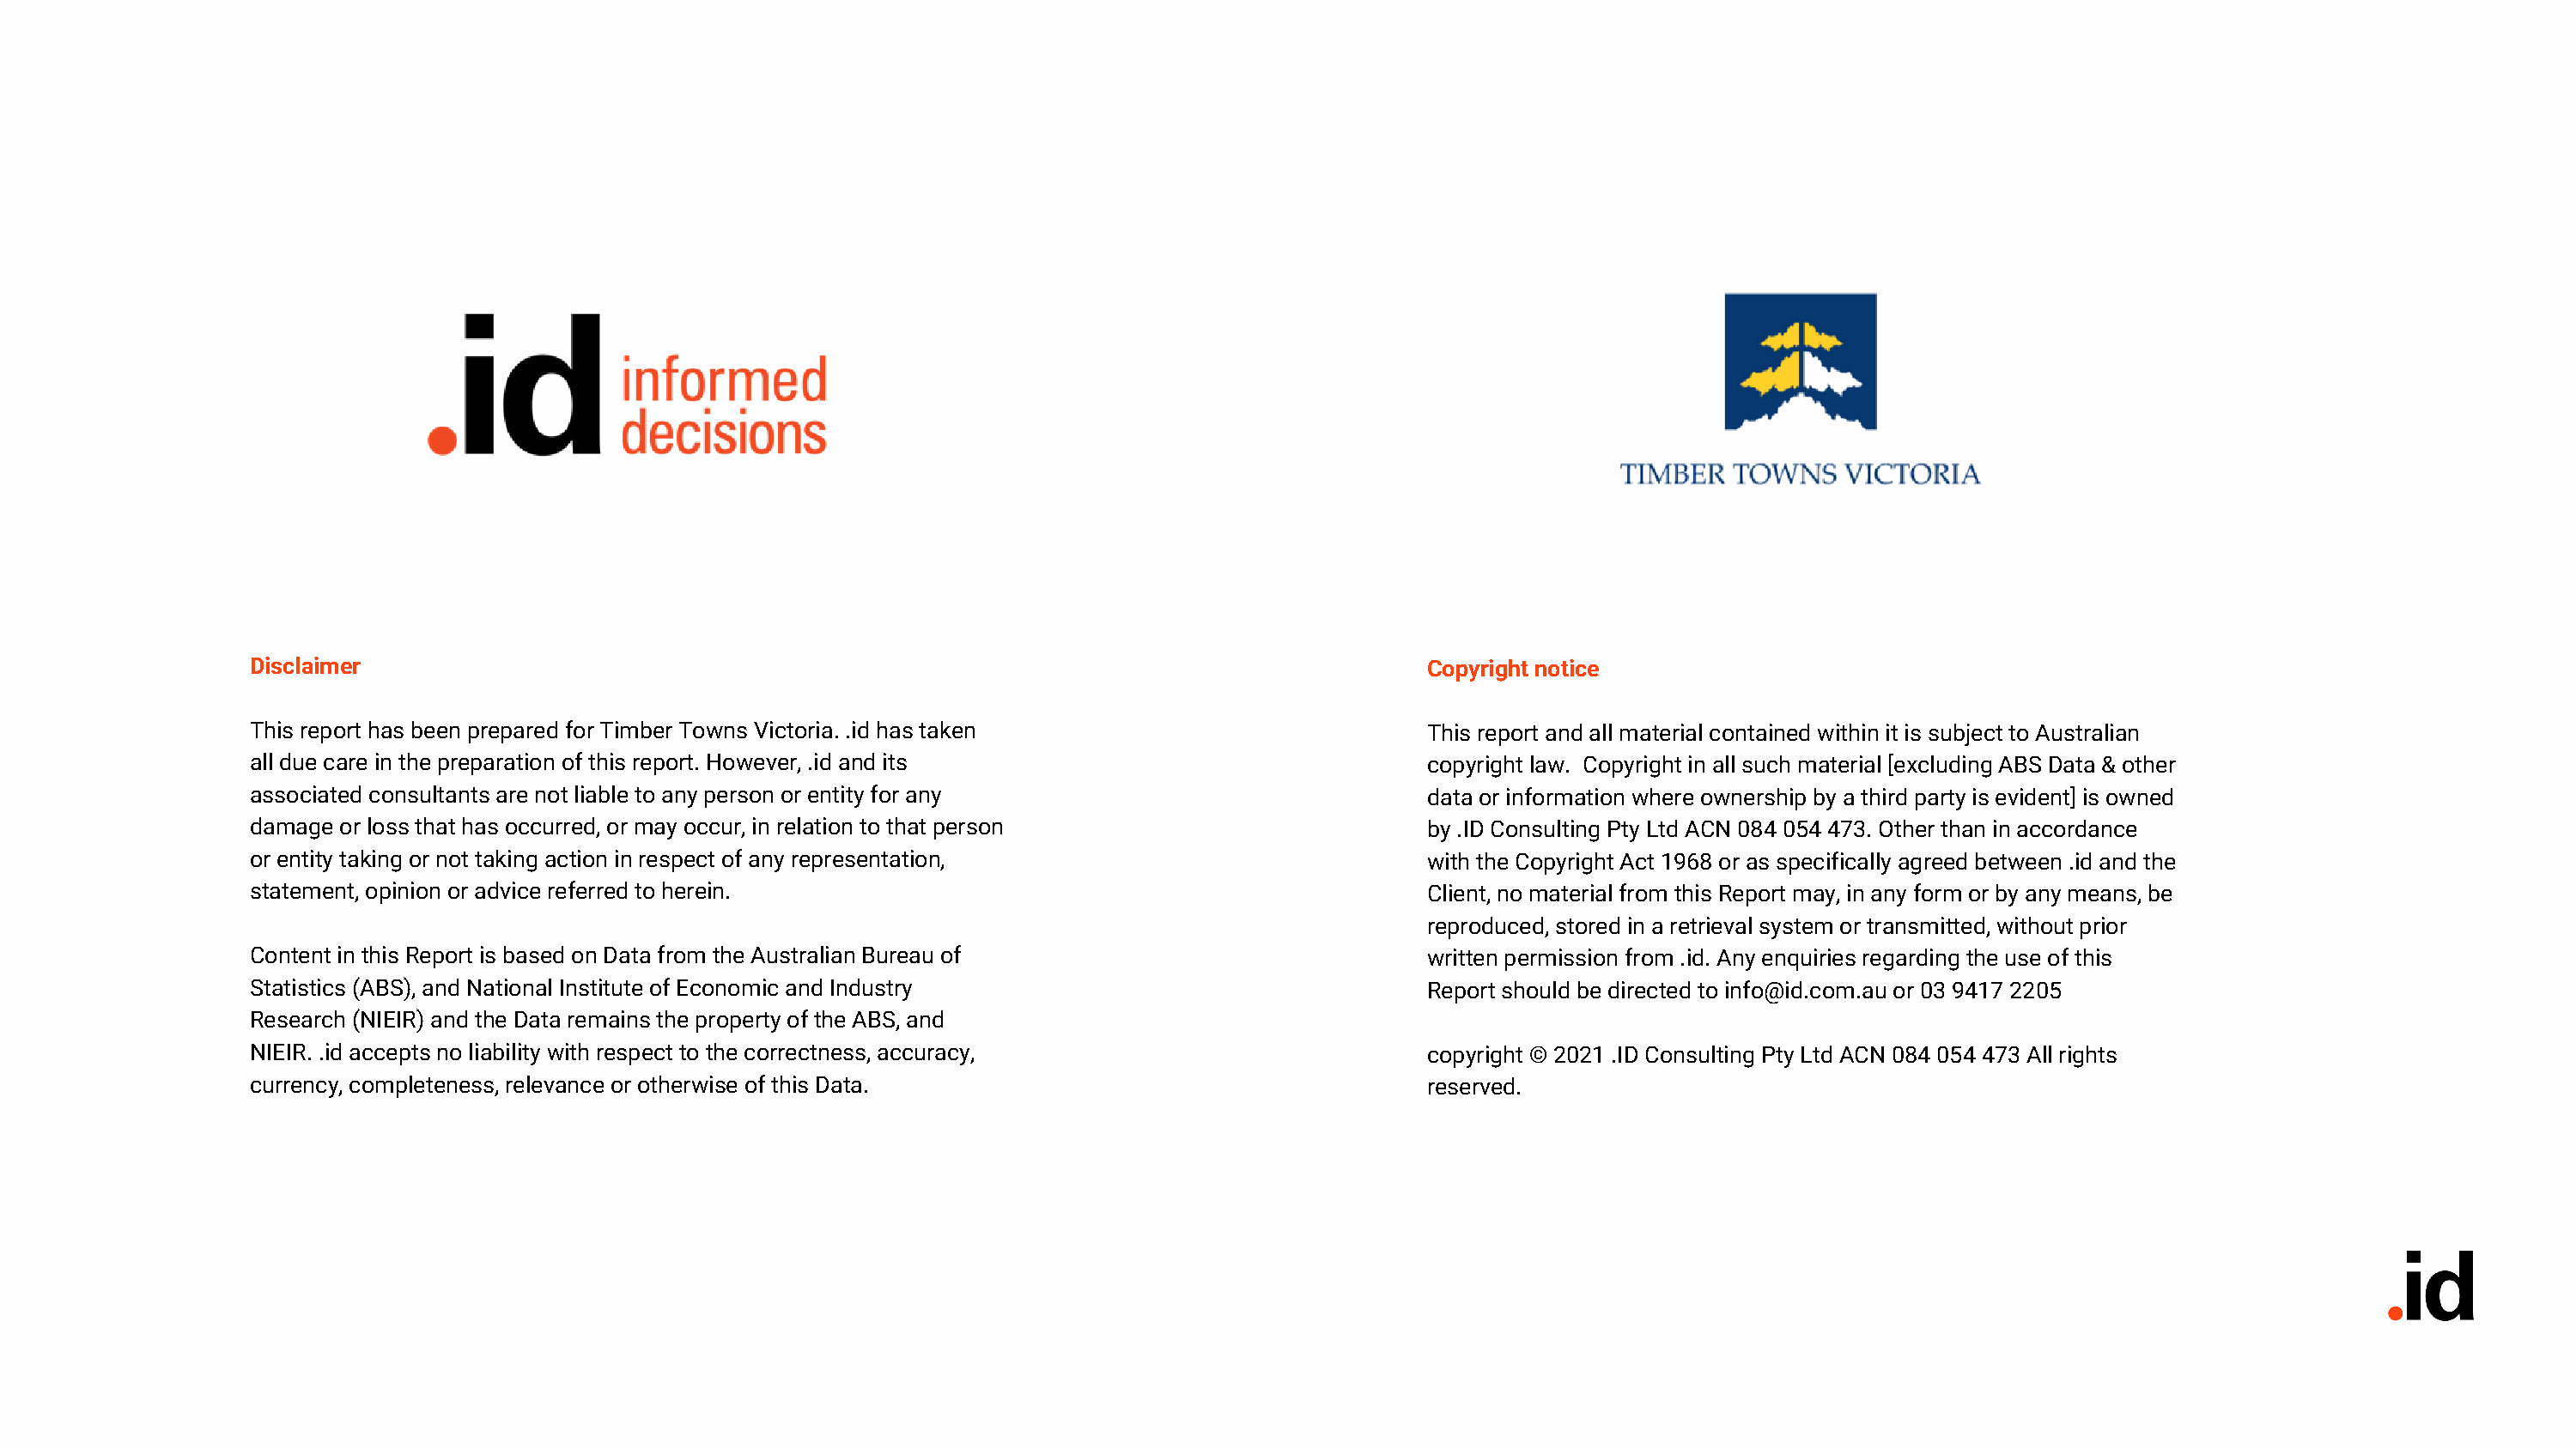
WHAT          IS   COVERED               TODAY
 Disclaimer                                                                                 Copyright notice
 This report has been prepared for Timber Towns Victoria. .id has taken                     This report and all material contained within it is subject to Australian
 all due care in the preparation of this report. However, .id and its                       copyright law. Copyright in all such material [excluding ABS Data & other
 associated consultants are not liable to any person or entity for any                      data or information where ownership by a third party is evident] is owned
 damage or loss that has occurred, or may occur, in relation to that person                 by .ID Consulting Pty Ltd ACN 084 054 473. Other than in accordance
 or entity taking or not taking action in respect of any representation,                    with the Copyright Act 1968 or as specifically agreed between .id and the
 statement, opinion or advice referred to herein.                                           Client, no material from this Report may, in any form or by any means, be
 reproduced, stored in a retrieval system or transmitted, without prior
 Content in this Report is based on Data from the Australian Bureau of                      written permission from .id. Any enquiries regarding the use of this
 Statistics (ABS), and National Institute of Economic and Industry                          Report should be directed to info@id.com.au or 03 9417 2205
 Research (NIEIR) and the Data remains the property of the ABS, and
 NIEIR. .id accepts no liability with respect to the correctness, accuracy,                 copyright © 2021 .ID Consulting Pty Ltd ACN 084 054 473 All rights
 currency, completeness, relevance or otherwise of this Data.                               reserved.
 02  I Victorian  economic    update    and  outlook